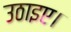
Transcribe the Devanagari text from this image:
उठाइए।